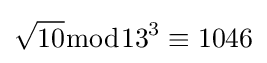
{\sqrt {10}}{\bmod {13^{3}}}\equiv 1046